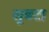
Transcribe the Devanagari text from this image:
सुबटा